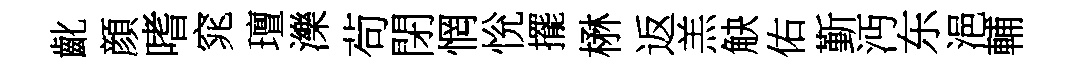
齔顔嗜窕璮濼茍閉惘恱擺楙返羔觖佑斳沔东浥輔